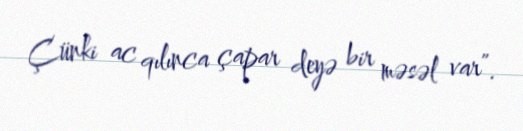
Çünki ac qılınca çapar deyə bir məsəl var”.